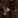
هل